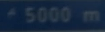
^{\prime}5000\